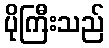
ပိုကြီးသည်